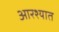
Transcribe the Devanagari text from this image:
आरश्यात